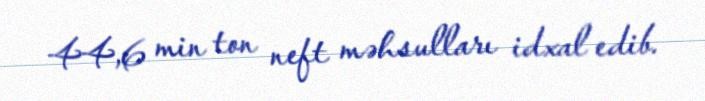
44,6 min ton neft məhsulları idxal edib.